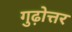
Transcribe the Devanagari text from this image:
गुढ़ोत्तर